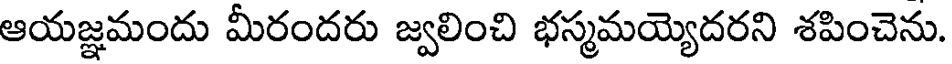
ఆయజ్ఞమందు మీరందరు జ్వలించి భస్మమయ్యెదరని శపించెను.